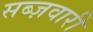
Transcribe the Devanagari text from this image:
सब्ज़वारी